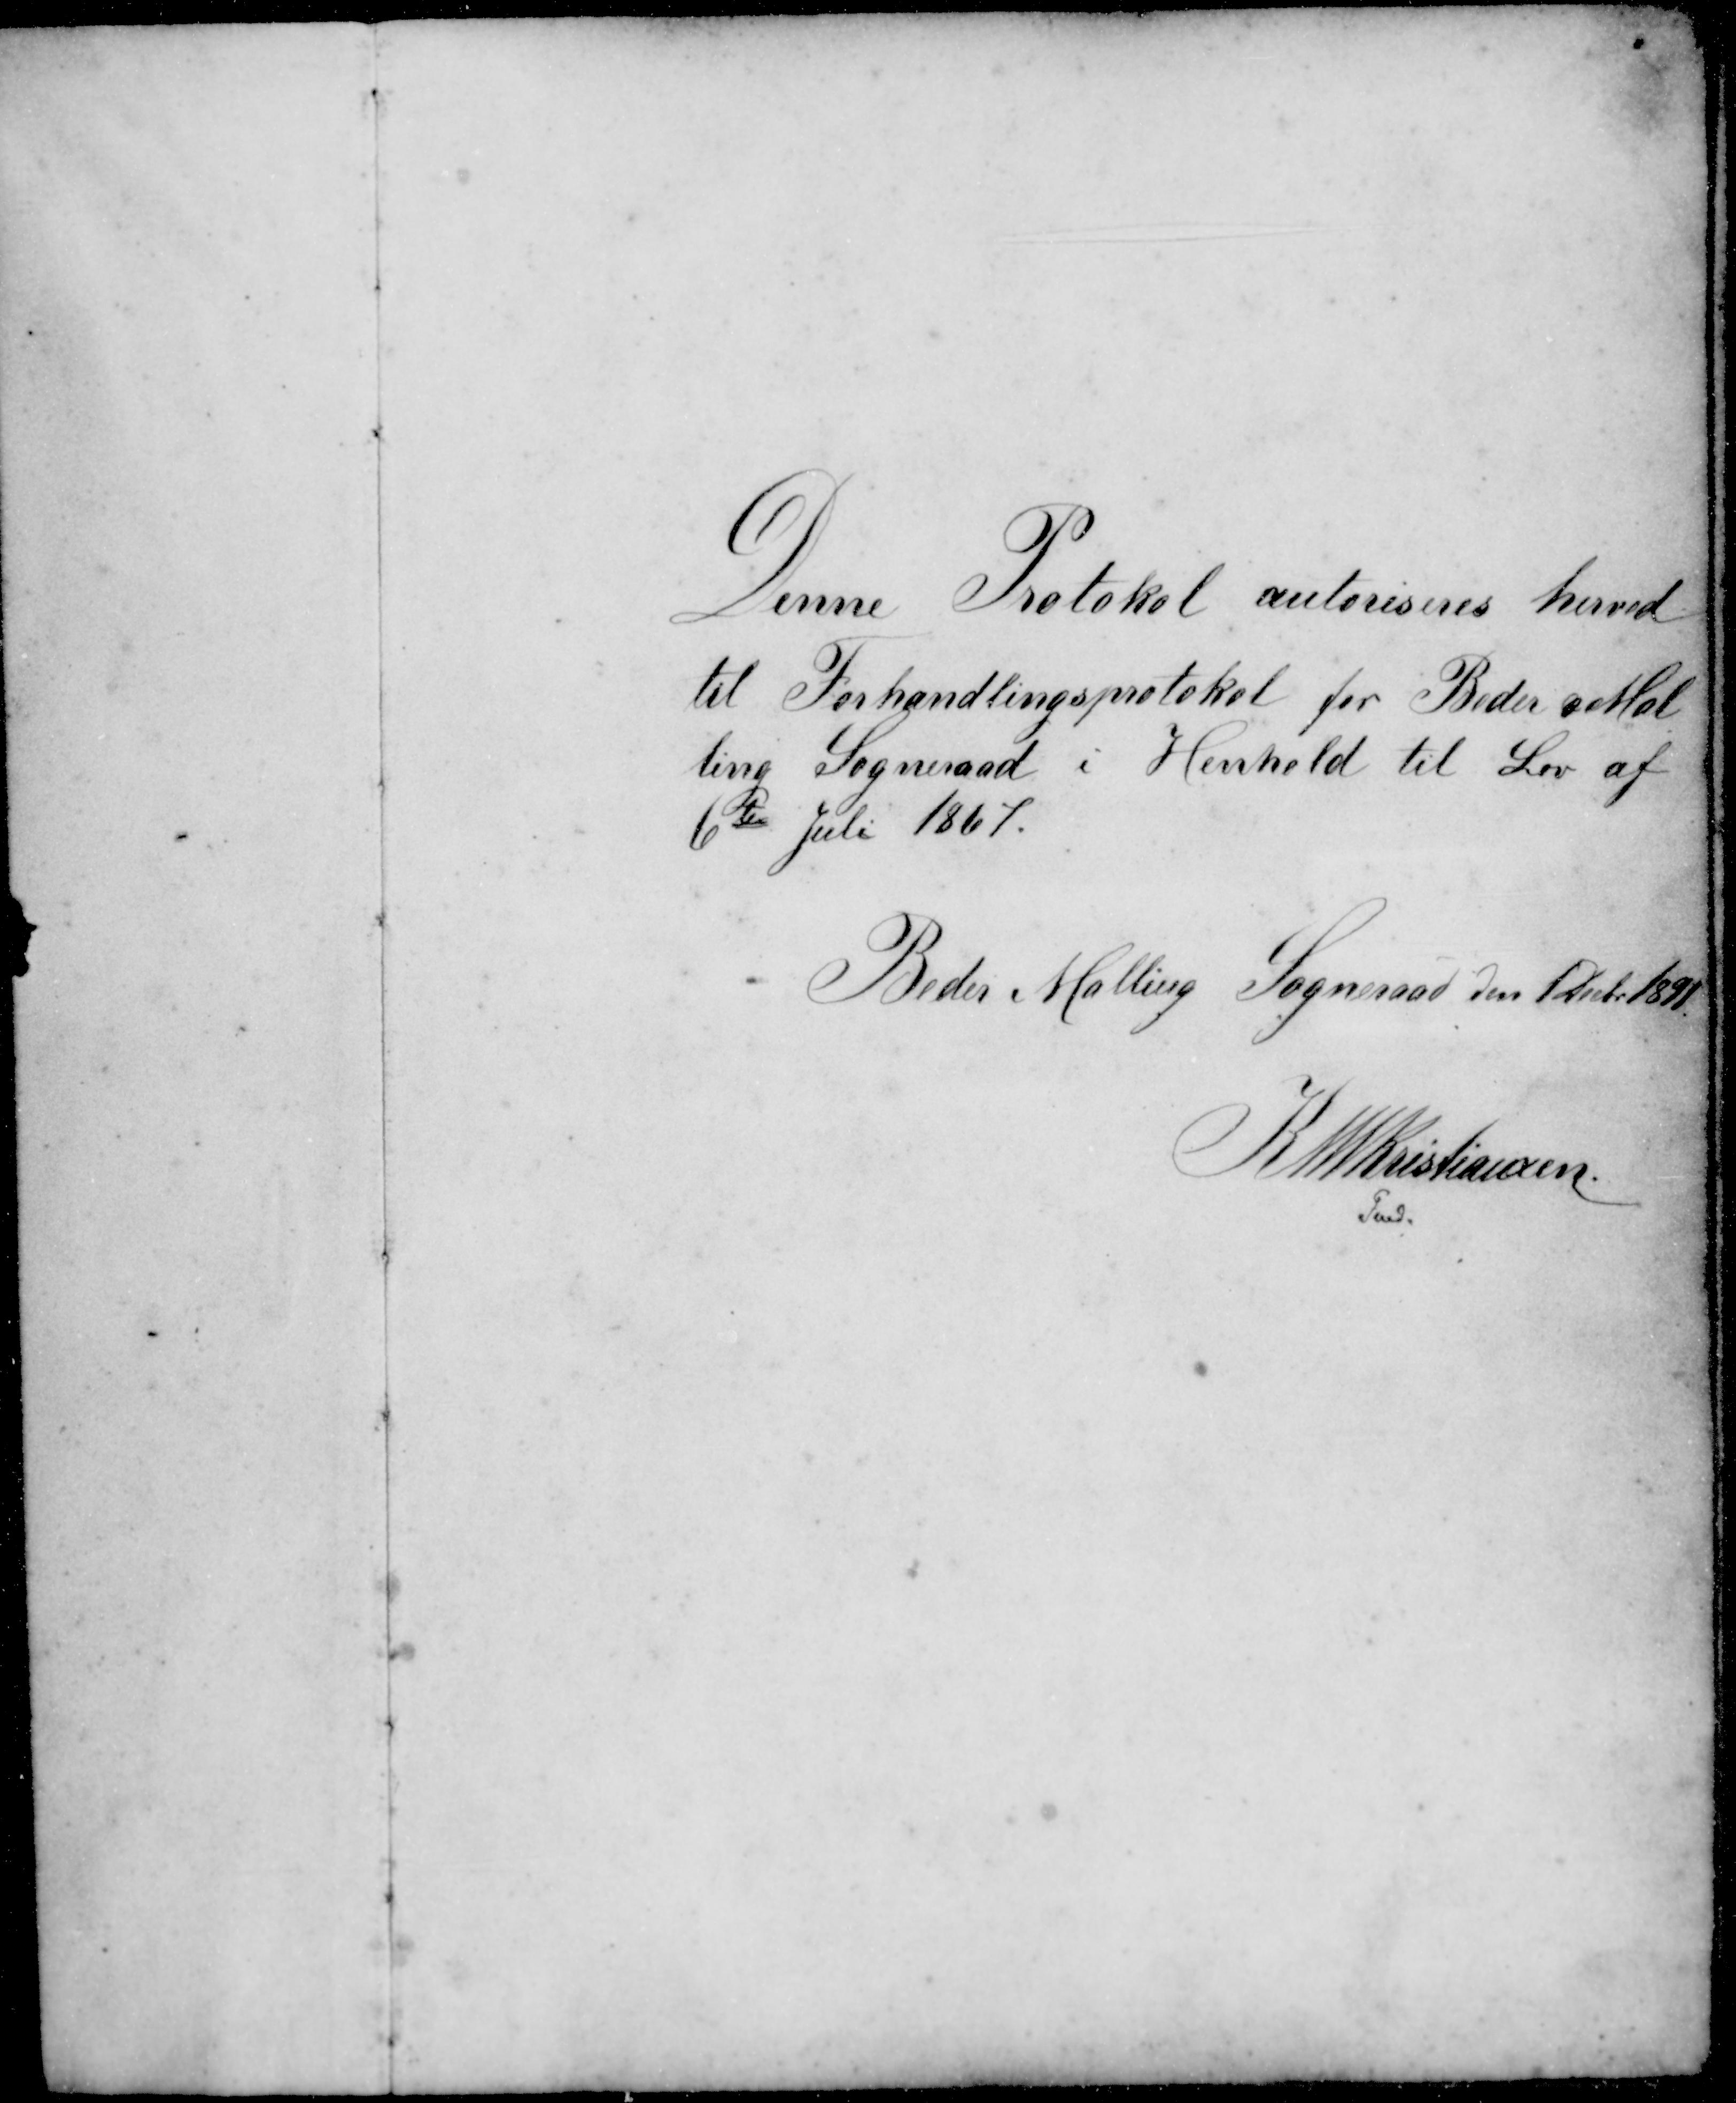
Transskription:
Denne Protokol autoriseres herved
til Forhandlingsprotokol for Beder Mal
ling Sogneraad i Henhold til Lov af
6te Juli 1867.
Beder Malling Sogneraad den 1 Decbr 1891
K M Kristiansen
Fmd